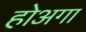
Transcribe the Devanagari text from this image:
होअगा